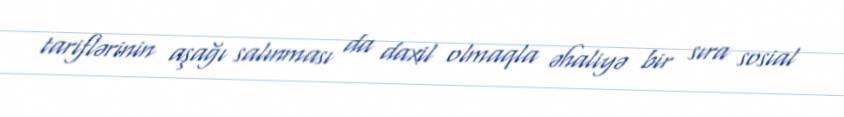
tariflərinin aşağı salınması da daxil olmaqla əhaliyə bir sıra sosial